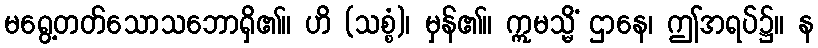
မရွေ့တတ်သောသဘောရှိ၏။ ဟိ (သစ္စံ)၊ မှန်၏။ ဣမသ္မိံ ဌာနေ၊ ဤအရပ်၌။ န